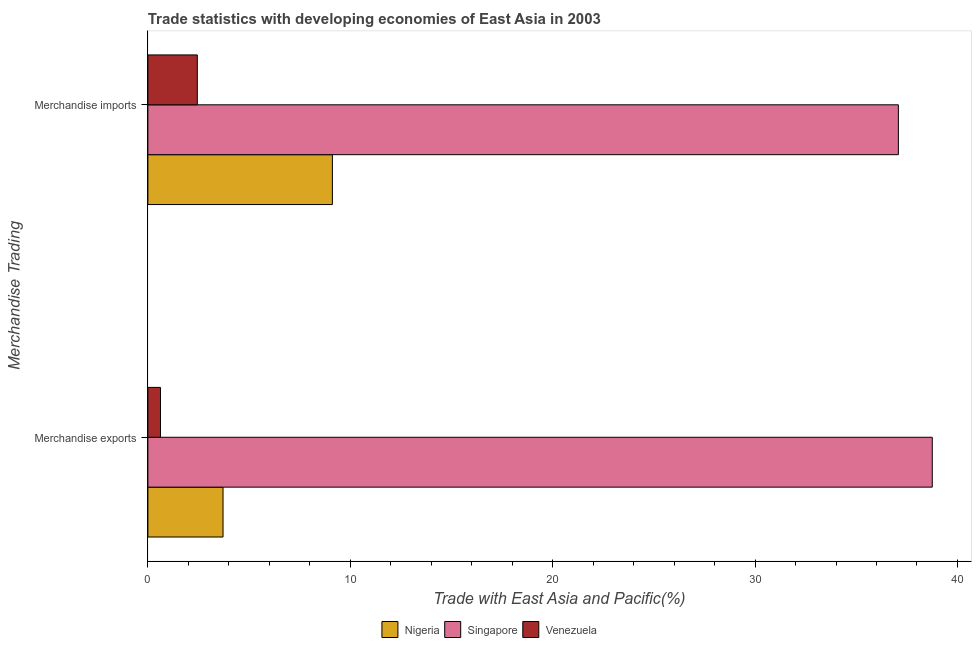
| Merchandise Trading | Nigeria | Singapore | Venezuela |
 | --- | --- | --- | --- |
 | Merchandise exports | 3.71 | 38.8 | 0.623 |
 | Merchandise imports | 9.12 | 37.1 | 2.44 |